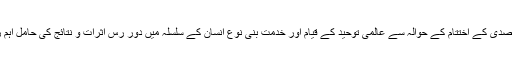
اس سال اور صدی کے اختتام کے حوالہ سے عالمی توحید کے قیام اور خدمت بنی نوع انسان کے سلسلہ میں دور رس اثرات و نتائج کی حامل اہم زریں ہدایات۔